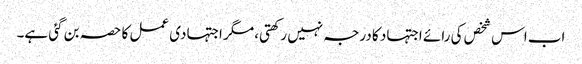
اب اس شخص کی رائے اجتہاد کا درجہ نہیں رکھتی، مگر اجتہادی عمل کا حصہ بن گئی ہے۔